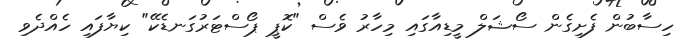
ހިސާބުން ފެށިގެން ސޯޝަލް މީޑިއާގައި މިހާރު ވެސް "ކޮޕީ ޕޯސްޓަރުގަނޑެކޭ" ކިޔާފައި ހެއްދެވި